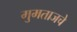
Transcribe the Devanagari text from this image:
मुमताजचे